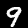
Digit: 9